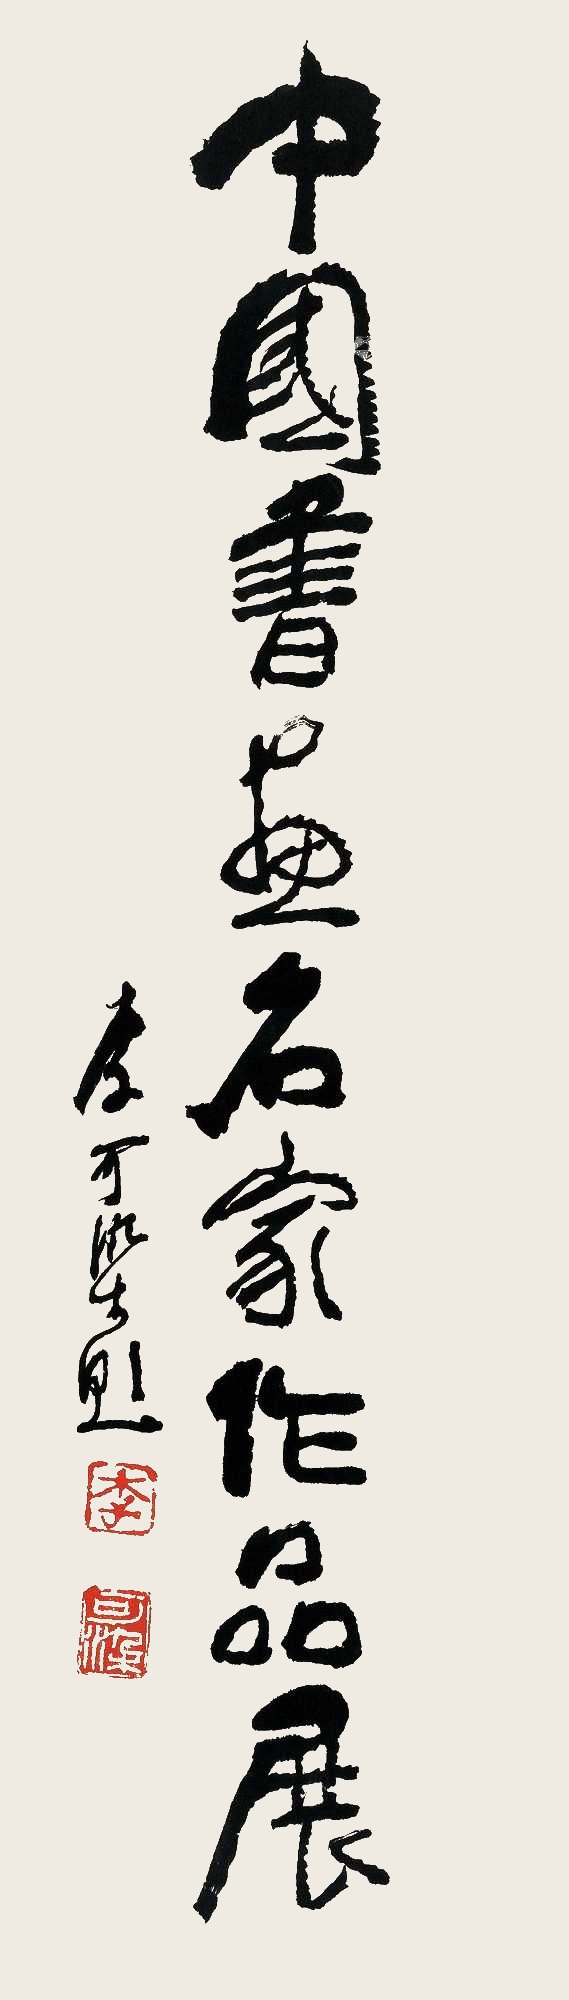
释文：中国书画名家作品展李可染题。